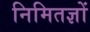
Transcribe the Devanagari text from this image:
निमितज्ञों